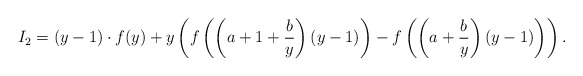
\begin{align*} I_2= (y-1) \cdot f(y)+ y \left( f\left(\left(a+1+\frac{b}{y}\right)(y-1)\right)-f\left(\left(a+\frac{b}{y}\right)(y-1)\right) \right).\\\end{align*}